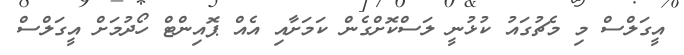
އީގަލްސް މި މެޗުގައު ކުޅުނީ ލަސްކޮށްގެން ކަމަށާއި އެއް ޕޮއިންޓް ހޯދުމަށް އީގަލްސް